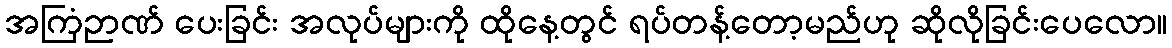
အကြံဉာဏ် ပေးခြင်း အလုပ်များကို ထိုနေ့တွင် ရပ်တန့်တော့မည်ဟု ဆိုလိုခြင်းပေလော။